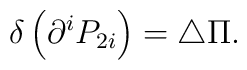
\delta \left( \partial ^iP_{2i}\right) =\triangle \Pi .